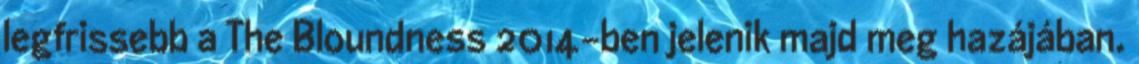
legfrissebb a The Bloundness 2014-ben jelenik majd meg hazájában.